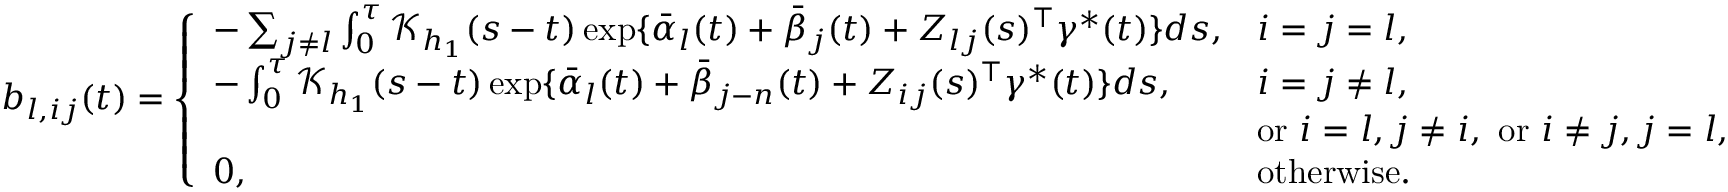
\begin{array} { r } { b _ { l , i j } ( t ) = \left\{ \begin{array} { l l } { - \sum _ { j \neq l } \int _ { 0 } ^ { \tau } \mathcal { K } _ { h _ { 1 } } ( s - t ) \exp \{ \bar { \alpha } _ { l } ( t ) + \bar { \beta } _ { j } ( t ) + Z _ { l j } ( s ) ^ { \top } \gamma ^ { * } ( t ) \} d s , } & { i = j = l , } \\ { - \int _ { 0 } ^ { \tau } \mathcal { K } _ { h _ { 1 } } ( s - t ) \exp \{ \bar { \alpha } _ { l } ( t ) + \bar { \beta } _ { j - n } ( t ) + Z _ { i j } ( s ) ^ { \top } \gamma ^ { * } ( t ) \} d s , } & { i = j \neq l , } \\ & { \mathrm { o r ~ } i = l , j \neq i , \mathrm { ~ o r ~ } i \neq j , j = l , } \\ { 0 , } & { \mathrm { o t h e r w i s e } . } \end{array} \right. } \end{array}